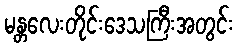
မန္တလေးတိုင်းဒေသကြီးအတွင်း